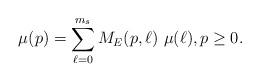
LaTeX: \begin{align*}\mu(p) = \sum_{\ell = 0}^{m_s} M_E(p,\ell) \ \mu(\ell), p \geq 0.\end{align*}